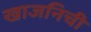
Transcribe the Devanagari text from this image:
खाजनिची